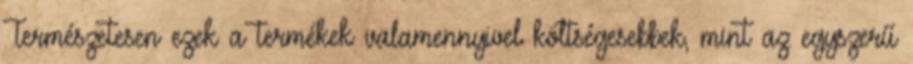
Természetesen ezek a termékek valamennyivel költségesebbek, mint az egyszerű